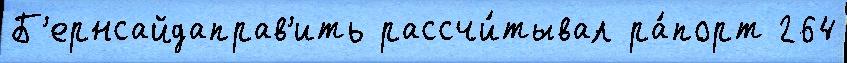
Б'ернсайдаправ'ить рассчи́тывал ра́порт 264